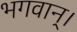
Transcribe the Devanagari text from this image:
भगवान्‌।